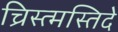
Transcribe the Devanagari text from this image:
च्रिस्त्मस्तिदे